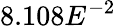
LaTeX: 8.108E^{-2}